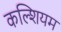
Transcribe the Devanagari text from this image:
कल्शियम